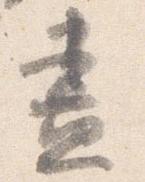
尽